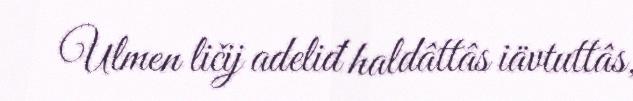
Ulmen ličij adeliđ haldâttâs iävtuttâs,